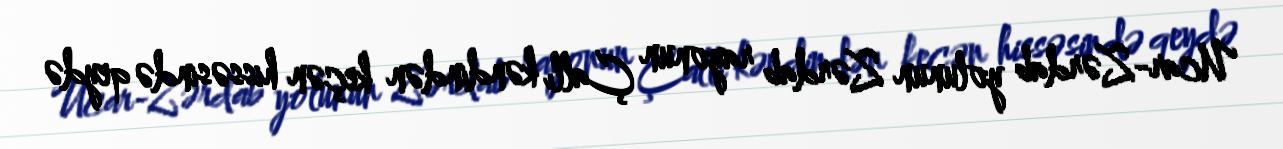
Ucar-Zərdab yolunun Zərdab rayonun Çallı kəndindən keçən hissəsində qeydə